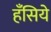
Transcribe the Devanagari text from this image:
हँसिये